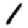
Digit: 1